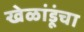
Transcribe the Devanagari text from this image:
खेळांडूंचा